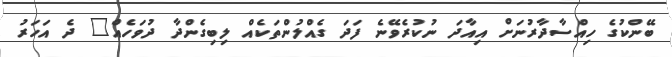
ބޭންކުގެ ހިއްސާދާރުނަށް އިއާދަ ނުކުރެވޭނެ ފަދަ ގެއްލުންތަކެއް ލިބިގެންދާ ދުވަހެއް" ދެ އަހަރު